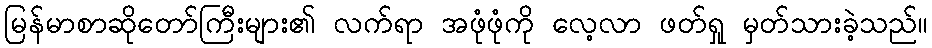
မြန်မာစာဆိုတော်ကြီးများ၏ လက်ရာ အဖုံဖုံကို လေ့လာ ဖတ်ရှု မှတ်သားခဲ့သည်။